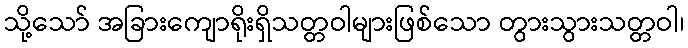
သို့သော် အခြားကျောရိုးရှိသတ္တဝါများဖြစ်သော တွားသွားသတ္တဝါ၊